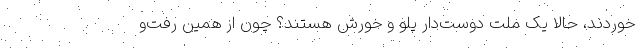
‌خوردند، حالا یک ملت دوست‌دار پلو و خورش هستند؟ چون از همین رفت‌و